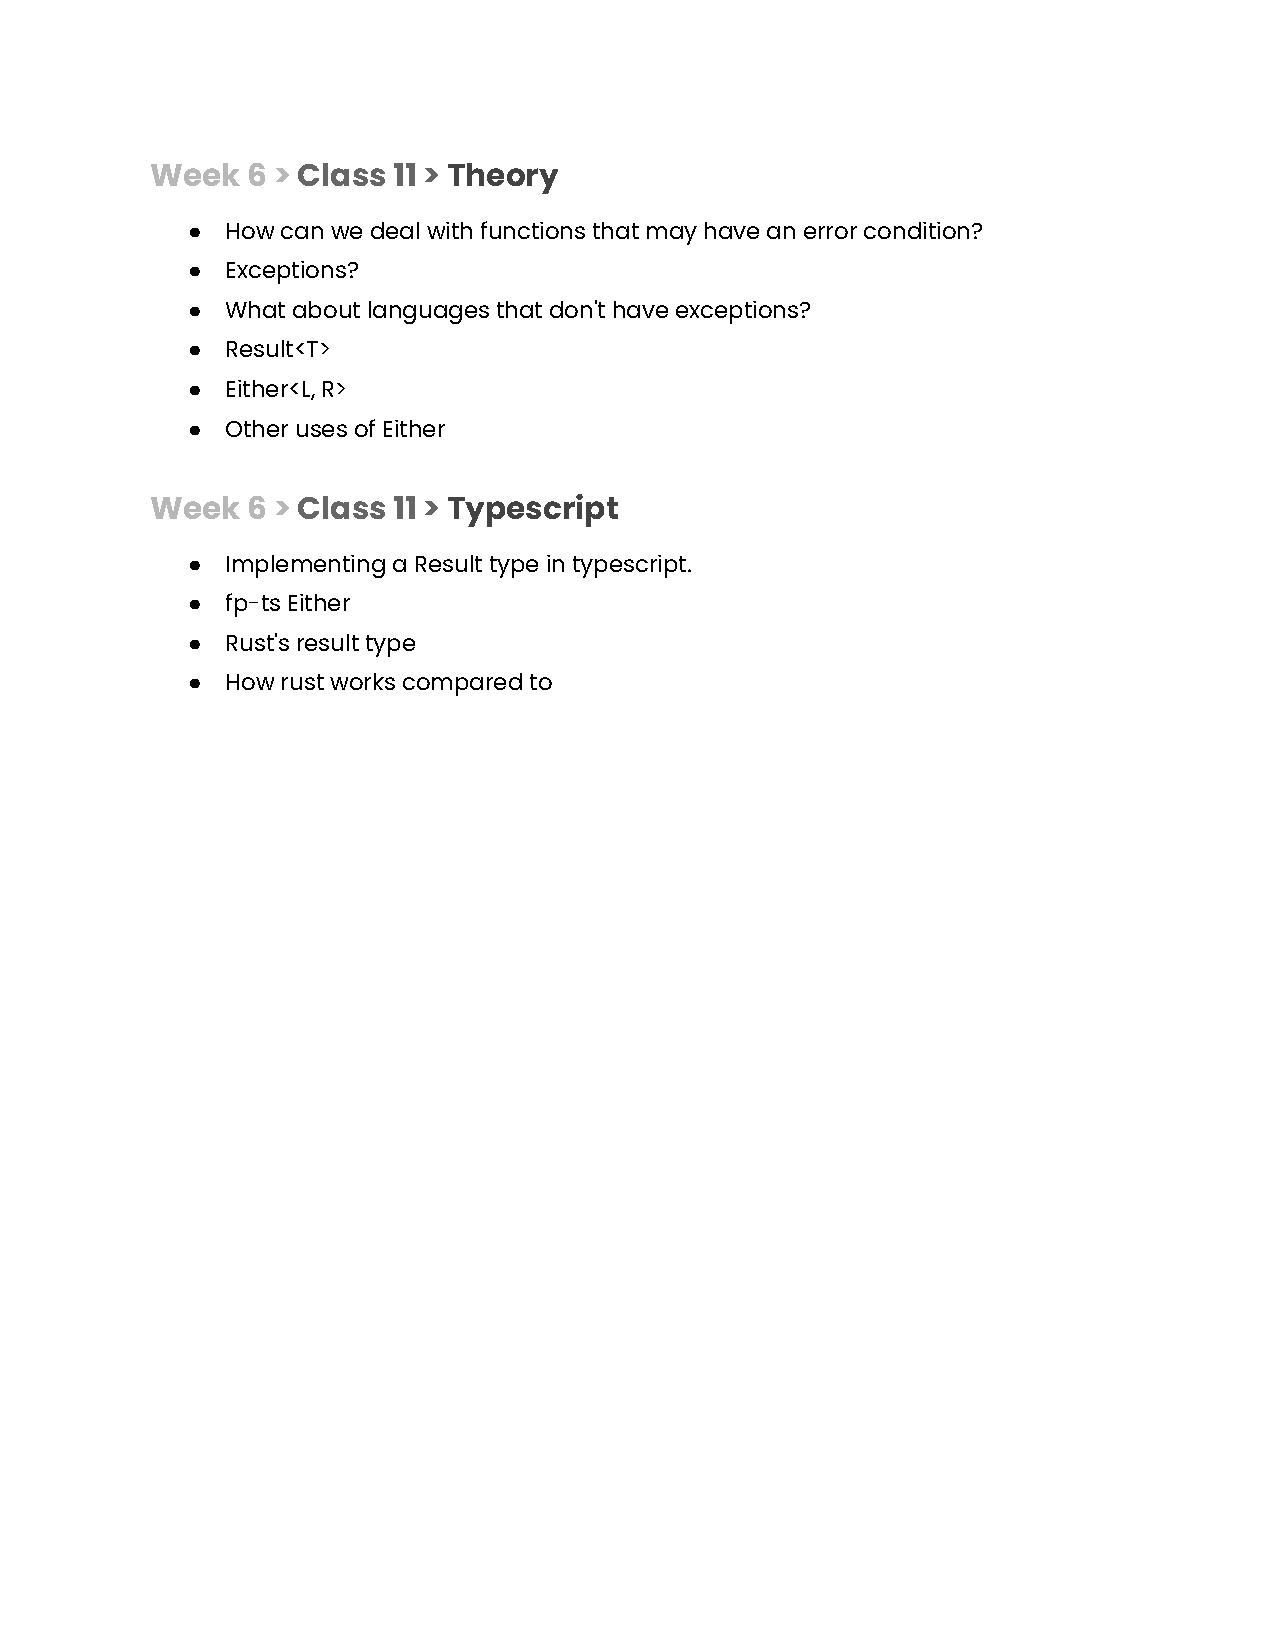
Week  6 > Class 11 > Theory
 ●  How can we deal with functions that may have an error condition?
 ●  Exceptions?
 ●  What about languages that don't have exceptions?
 ●  Result<T>
 ●  Either<L, R>
 ●  Other uses of Either
 Week  6 > Class 11 > Typescript
 ●  Implementing a Result type in typescript.
 ●  fp-ts Either
 ●  Rust's result type
 ●  How rust works compared to